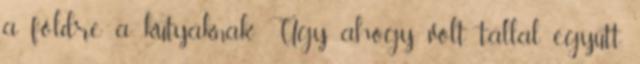
a földre a kutyáknak. Úgy ahogy volt, tállal együtt.